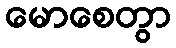
မောစေတွာ